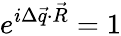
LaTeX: e^{i\Delta\vec{q}\cdot\vec{R}}=1